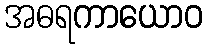
အဓရကာယောဝ